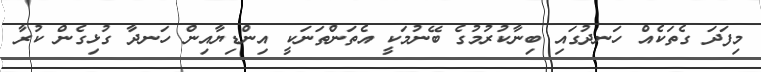
މިފަދަ ގެތަކެއް ހަނދުގައި ބިނާކުރުމުގެ ބޭނުމަކީ އެތަންތަނަކީ އިންޑިޔާއިން ހަނދާ ގުޅިގެން ކުރާ